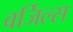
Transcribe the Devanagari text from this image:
वर्जिल्स